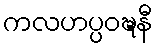
ကလဟပ္ပဝဍ္ဎနီ